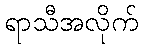
ရာသီအလိုက်